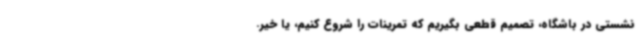
نشستی در باشگاه، تصمیم قطعی بگیریم که تمرینات را شروع کنیم، یا خیر.